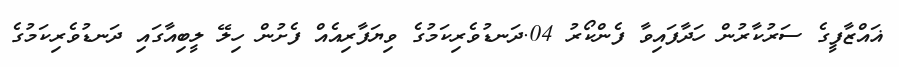
ޣައްޒާފީގެ ސަރުކާރުން ހަދާފައިވާ ފެންކޯރު 04.ދަނޑުވެރިކަމުގެ ވިޔަފާރިއެއް ފެށުން ހިލޭ ލީބިއާގައި ދަނޑުވެރިކަމުގެ